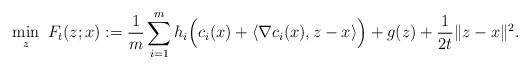
LaTeX: \begin{align*}\min_{z} ~ F_t(z;x):=\frac{1}{m}\sum_{i=1}^m h_i\Big(c_i(x)+\langle\nabla c_i(x),z-x\rangle\Big)+g(z)+\frac{1}{2t}\|z-x\|^2.\end{align*}